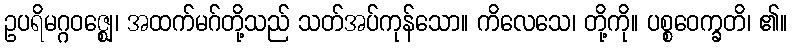
ဥပရိမဂ္ဂဝဇ္ဈေ၊ အထက်မဂ်တို့သည် သတ်အပ်ကုန်သော။ ကိလေသေ၊ တို့ကို။ ပစ္စဝေက္ခတိ၊ ၏။